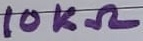
Text: 10KΩ